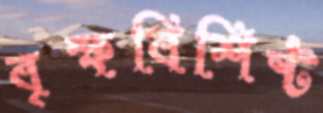
বৃক্ষবিশিষ্ট